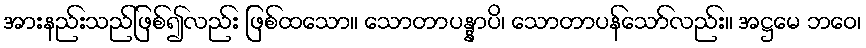
အားနည်းသည်ဖြစ်၍လည်း ဖြစ်ထသော။ သောတာပန္နာပိ၊ သောတာပန်သော်လည်း။ အဋ္ဌမေ ဘဝေ၊